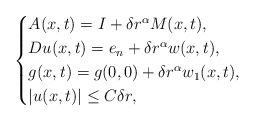
\begin{align*}\begin{cases}A(x,t)= I + \delta r^{\alpha} M(x,t),\\ Du(x,t)= e_n +\delta r^{\alpha} w(x, t), \\ g(x,t)= g(0,0) + \delta r^{\alpha} w_1(x, t), \\|u(x,t)| \leq C \delta r,\end{cases}\end{align*}